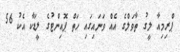
ޕްރިމިއާ ލީގު ތާވަލްގެ އެއް ވަނައިގައި ހަތް ޕޮއިންޓުގެ ލީޑަކާ އެކު 56